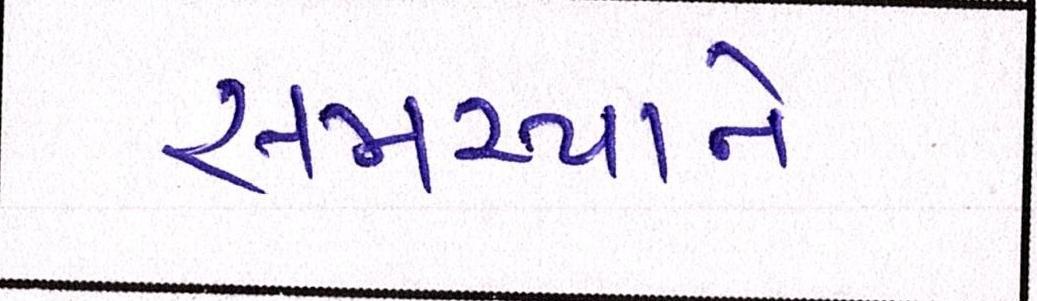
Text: સમસ્યાને